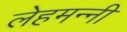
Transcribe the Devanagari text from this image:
लेहमन्नी